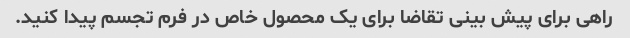
راهی برای پیش بینی تقاضا برای یک محصول خاص در فرم تجسم پیدا کنید.